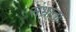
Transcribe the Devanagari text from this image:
संभ्राता